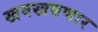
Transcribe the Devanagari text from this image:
खवखवणार